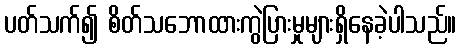
ပတ်သက်၍ စိတ်သဘောထားကွဲပြားမှုများရှိနေခဲ့ပါသည်။